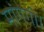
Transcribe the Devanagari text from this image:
मांगेगी।